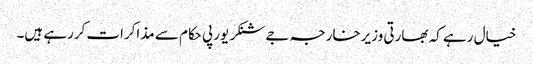
خیال رہے کہ بھارتی وزیرخارجہ جےشنکر یورپی حکام سے مذاکرات کررہے ہیں۔